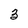
Character: 3